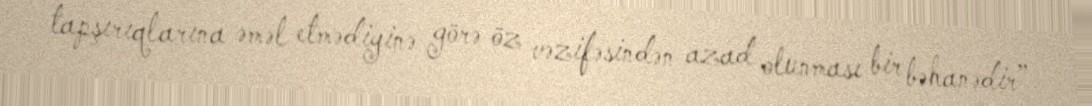
tapşırıqlarına əməl etmədiyinə görə öz vəzifəsindən azad olunması bir bəhanədir”